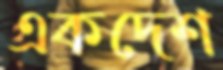
একদেশ